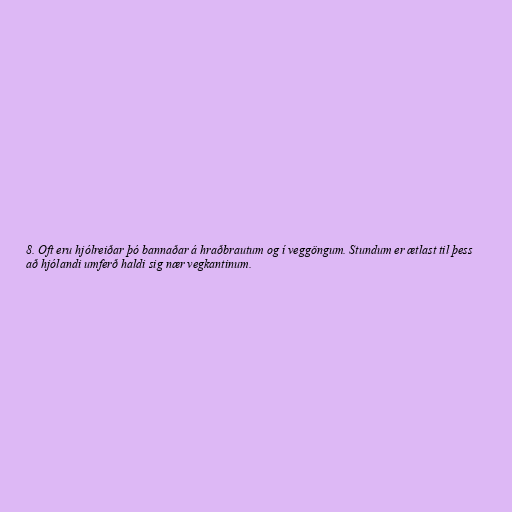
8. Oft eru hjólreiðar þó bannaðar á hraðbrautum og í veggöngum. Stundum er ætlast til þess
að hjólandi umferð haldi sig nær vegkantinum.